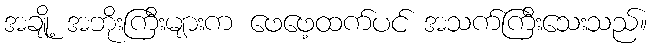
အချို့ အဘိုးကြီးများက ဖေဖေ့ထက်ပင် အသက်ကြီးသေးသည်။